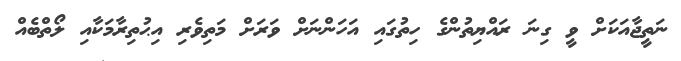
ނަތީޖާއަކަށް ވީ ގިނަ ރައްޔިތުންގެ ހިތުގައި އަހަންނަށް ވަރަށް މަތިވެރި އިޙުތިރާމަކާއި ލޯތްބެއް